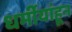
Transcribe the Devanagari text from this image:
धर्मीयांहून